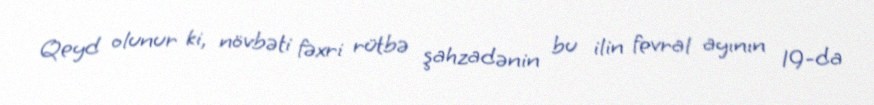
Qeyd olunur ki, növbəti fəxri rütbə şahzadənin bu ilin fevral ayının 19-da